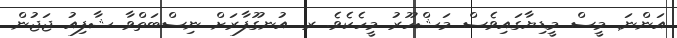
އަންނަ